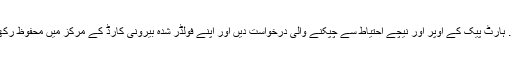
18. ہارٹ پیک کے اوپر اور نیچے احتیاط سے چپکنے والی درخواست دیں اور اپنے فولڈر شدہ بیرونی کارڈ کے مرکز میں محفوظ رکھیں!